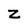
Character: z